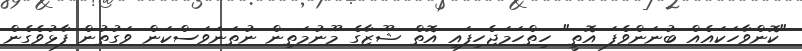
"ކޮންވާހަކައެއް ބުނަންވެފަ އޮތީ" ހިތްހަމަޖެހިފައި އޮތް ޝޫޒާގެ މޫނުމަތިން ނުތަނަވަސްކަން ވަގުތުން ފާޅުވެގެން